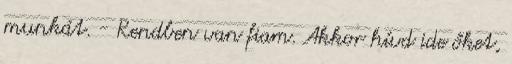
munkát. - Rendben van fiam. Akkor hívd ide őket,